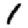
Digit: 1